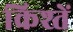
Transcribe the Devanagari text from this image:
किश्तें